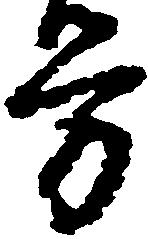
労